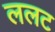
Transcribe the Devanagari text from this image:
ललट